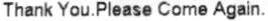
THANK YOU.PLEASE COME AGAIN.